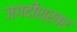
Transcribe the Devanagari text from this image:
जगदीश्र्वर